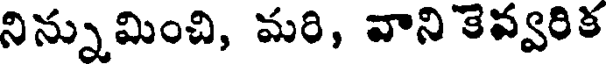
నిన్నుమించి, మరి, వాని కెవ్వరిక